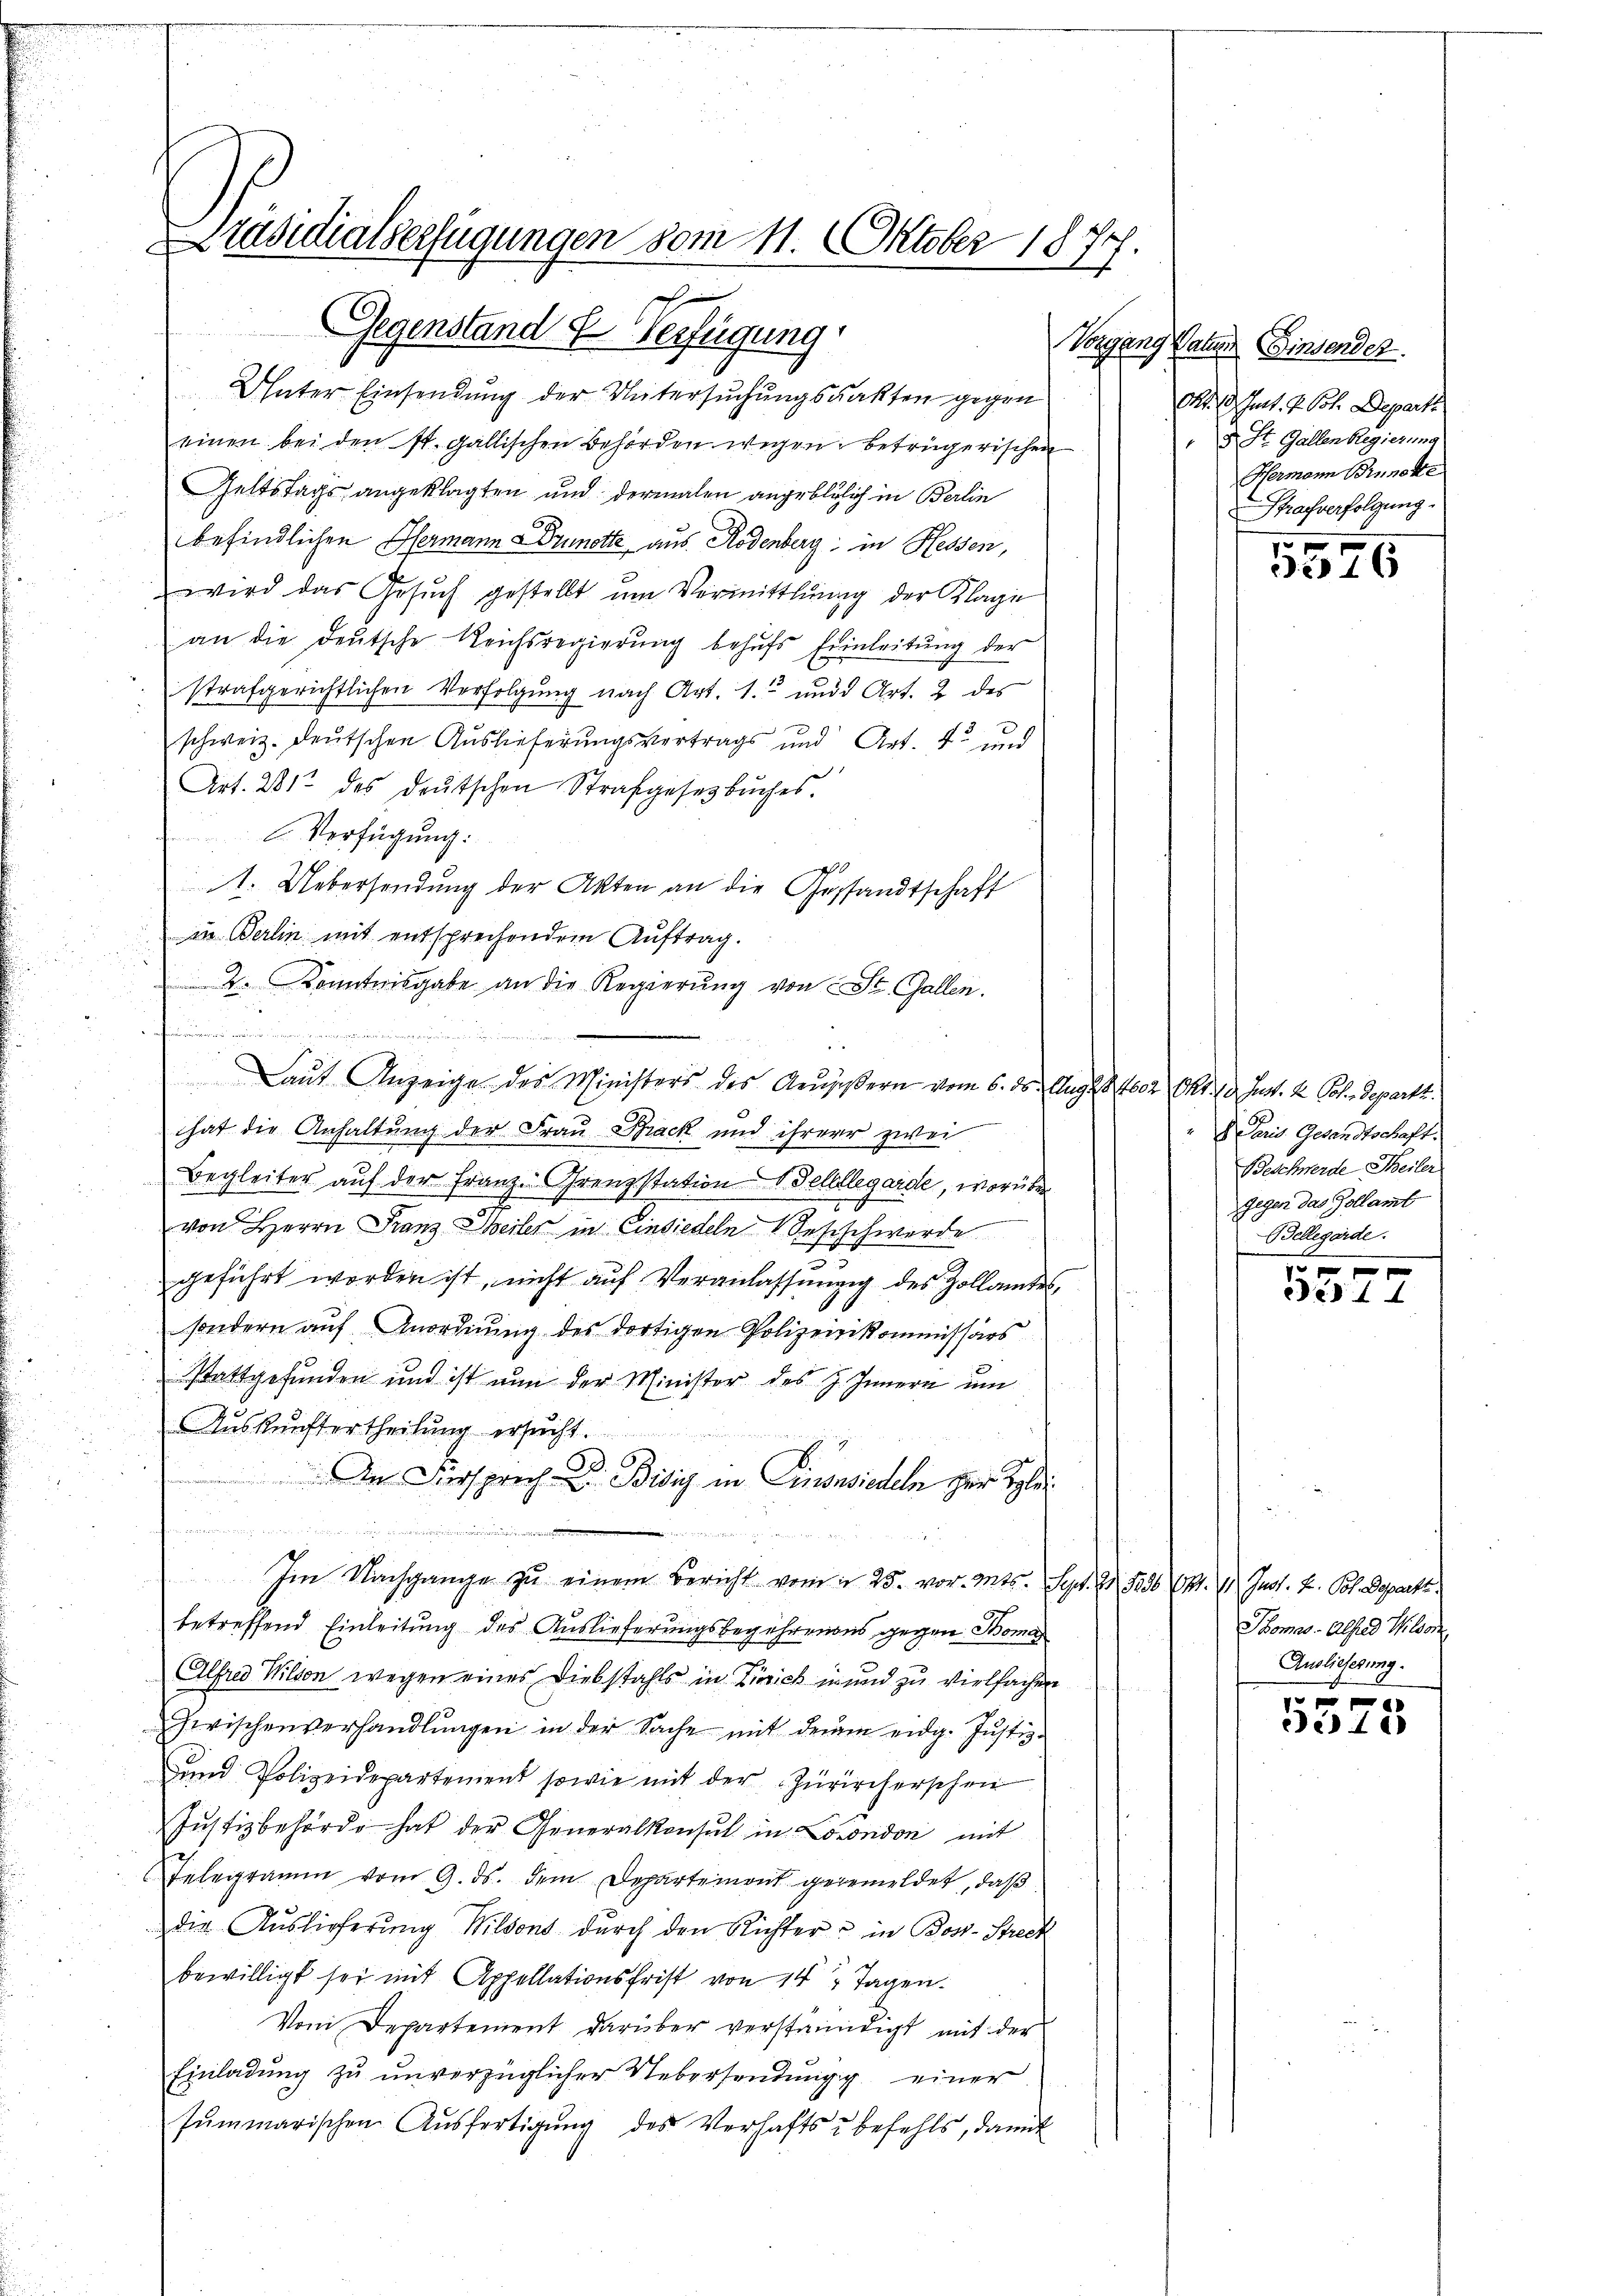
Präsidialserfügungen vom 11. Oktober 1874

Gegenstand u Verfügung

Unter Einsendung der Untersuchungsakten gegen
einen bei den St. Gallischen Behörden wegen betrügerischen
Geltstags angeklagten und dermalen angeblilich in Berlin
befindlichen Hermann Drunotte aus Rodenberg in Hessen,
wird das Gesŭch gestellt ŭm Vermittlung der Klage
an die deutsche Reichsregierung behŭfs Einleitŭng der
strafgerichtlichen Verfolgung nach Art. 1. und Art. 2 des
.
schweiz. Deutschen Auslieferungsvertrags und Art. 4 und
Art. 281 des deŭtschen Strafgesetzbuches.
l. Verfügung:
1. Uebersendung der Akten an die Gestandtschaft
in Berlin mit entsprechendem Auftrag.
2. Kenntnisgabe an die Regierŭng von St. Gallen.
n
.
Laut Anzeige des Ministers des Aeußern vom 6. ds. Aug. 1602 Okt. 10. Just. 2 Oct. Departh.
hat die Anhaltung der Frau Schrack und ihrerer zwei
Begleiter auf der Franz-renzstation Fellllegarde, worüber
von Herrn Franz Weiler in Einsiedeln Sesschwerde
geführt worden ist, nicht auf Veranlassungig des Zollamtes,
sondern aŭf Anordnŭng des dortigen Polizeikommissärs
Stattgefunden und ist nun der Minister des J. Innern um
Aŭskŭnftertheilŭng ersŭcht.
An Fürsprech Dr. Bisig in Einsensiedeln der Solei
 . Seiter
e

Im Nachgange zŭ einem Bericht vom 25. vor. Mts. Sept. 2 5006 Okt. 11. Just. F. Pol. Depart
betreffend Einleitung des Auslieferungsbegehrendes gegen Toma
Alfred Wilson wegen eines Diebstahls in Zürich in und zu vielfachen
Zwischenverhandlŭngen in der Sache mit dem eidg. Justiz-
ŭnd Polizeidepartement sowie mit der Züricherschen
Justizbehörde hat der Generalkonsul in London mit
Telegramm vom 9. ds. dem Departemont gegemeldet, daß
die Auslieferung Wildons durch den Richter u in Bost- Streck
bewilligt sei mit Appellationsfrist von 14 Tagen.
Vom Departement darüber verständigt mit der
Einladung zu unverzüglicher Uebersendungg einer
summarischen Ausfertigung des Verhaftsbefehls, damit

Vorgang Vater Einsender.
Okt. 13. Junt. 4. Joh. Departe
 5 St. Gallen Regierung
Hermann Binnere
Strafverfolgung.

346

" Paris Gesandtschaft.
Beschwerde Teiler
Gegen das Zollamt
Bellegarde.

f 0 x
e44

Thomas - Alfred Wilsor
Auslieferung.

e
de 18